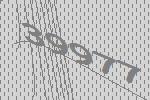
39977